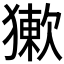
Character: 𤡻